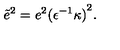
{ \tilde { e } } ^ { 2 } = e ^ { 2 } { ( { \epsilon } ^ { - 1 } \kappa ) } ^ { 2 } .